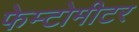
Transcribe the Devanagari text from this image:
फेम्टोमीटर